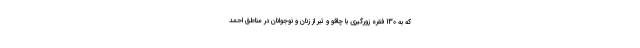
که به 130 فقره زورگیری با چاقو و تبر از زنان و نوجوانان در مناطق احمد